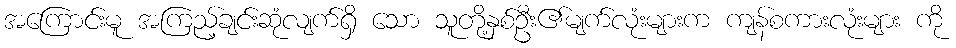
အကြောင်းမူ အကြည့်ချင်းဆုံလျက်ရှိ သော သူတို့နှစ်ဦး၏မျက်လုံးများက ကျန်စကားလုံးများ ကို